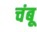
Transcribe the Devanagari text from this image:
चंबू